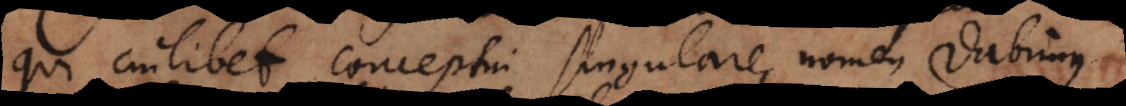
qui cuilibet conceptui singulare nomen dabimus